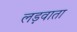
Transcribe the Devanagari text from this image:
लड़वाता